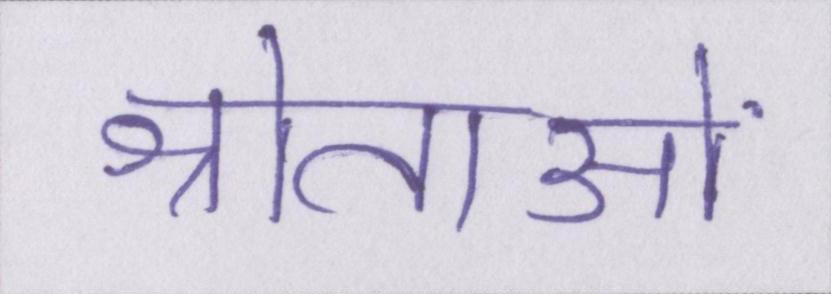
श्रोताओं